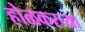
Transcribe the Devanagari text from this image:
होळकरच्या